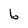
Character: 6